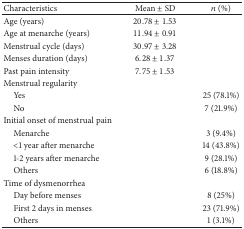
<table><thead><tr><td><b>Characteristics</b></td><td><b>Mean ± SD</b></td><td><b><i>n</i> (%)</b></td></tr></thead><tbody><tr><td>Age (years)</td><td>20.78 ± 1.53</td><td> </td></tr><tr><td>Age at menarche (years)</td><td>11.94 ± 0.91</td><td> </td></tr><tr><td>Menstrual cycle (days)</td><td>30.97 ± 3.28</td><td> </td></tr><tr><td>Menses duration (days)</td><td>6.28 ± 1.37</td><td> </td></tr><tr><td>Past pain intensity</td><td>7.75 ± 1.53</td><td> </td></tr><tr><td>Menstrual regularity</td><td> </td><td> </td></tr><tr><td> Yes</td><td> </td><td>25 (78.1%)</td></tr><tr><td> No</td><td> </td><td>7 (21.9%)</td></tr><tr><td>Initial onset of menstrual pain</td><td> </td><td> </td></tr><tr><td> Menarche</td><td> </td><td>3 (9.4%)</td></tr><tr><td> &lt;1 year after menarche</td><td> </td><td>14 (43.8%)</td></tr><tr><td> 1-2 years after menarche</td><td> </td><td>9 (28.1%)</td></tr><tr><td> Others</td><td> </td><td>6 (18.8%)</td></tr><tr><td>Time of dysmenorrhea</td><td> </td><td> </td></tr><tr><td> Day before menses</td><td> </td><td>8 (25%)</td></tr><tr><td> First 2 days in menses</td><td> </td><td>23 (71.9%)</td></tr><tr><td> Others</td><td> </td><td>1 (3.1%)</td></tr></tbody></table>